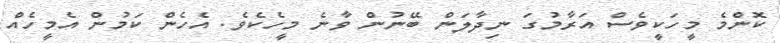
ކޮންމެ މީހަކީވެސް އަރާމުގަ ނިދާލަން ބޭނުން ވާނެ މީހެކެވެ. އެހެން ކަމުން އެމީހެއް